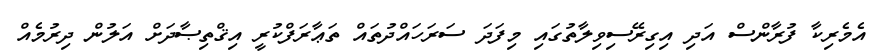
އެމެރިކާ ފުރާންސް އަދި އިގިރޭސިވިލާތުގައި މިފަދަ ސަރަހައްދުތައް ތަޢާރަފްކުރީ އިޤްތިޞާދަށް އަލުން ދިރުމެއް